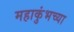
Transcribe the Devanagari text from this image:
महाकुंभच्या